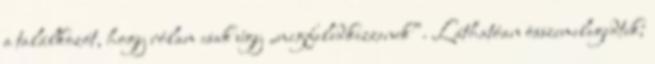
a találkozót, hogy rólam csak úgy „megfeledkez­ze­nek”. Láthatóan összemelegedtek;